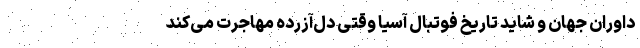
داوران جهان و شاید تاریخ فوتبال آسیا وقتی دل‌آزرده مهاجرت می‌کند